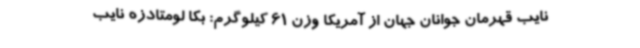
نایب قهرمان جوانان جهان از آمریکا وزن 61 کیلوگرم: بکا لومتادزه نایب